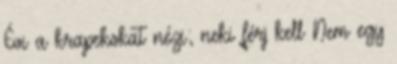
Évi a krapekokat nézi; neki férj kell Nem egy